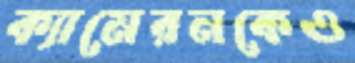
ক্যামেরনকেও